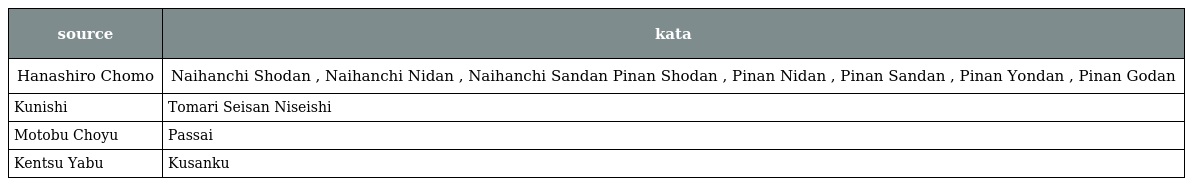
| source | kata |
 | --- | --- |
 | Hanashiro Chomo | Naihanchi Shodan , Naihanchi Nidan , Naihanchi Sandan Pinan Shodan , Pinan Nidan , Pinan Sandan , Pinan Yondan , Pinan Godan |
 | Kunishi | Tomari Seisan Niseishi |
 | Motobu Choyu | Passai |
 | Kentsu Yabu | Kusanku |